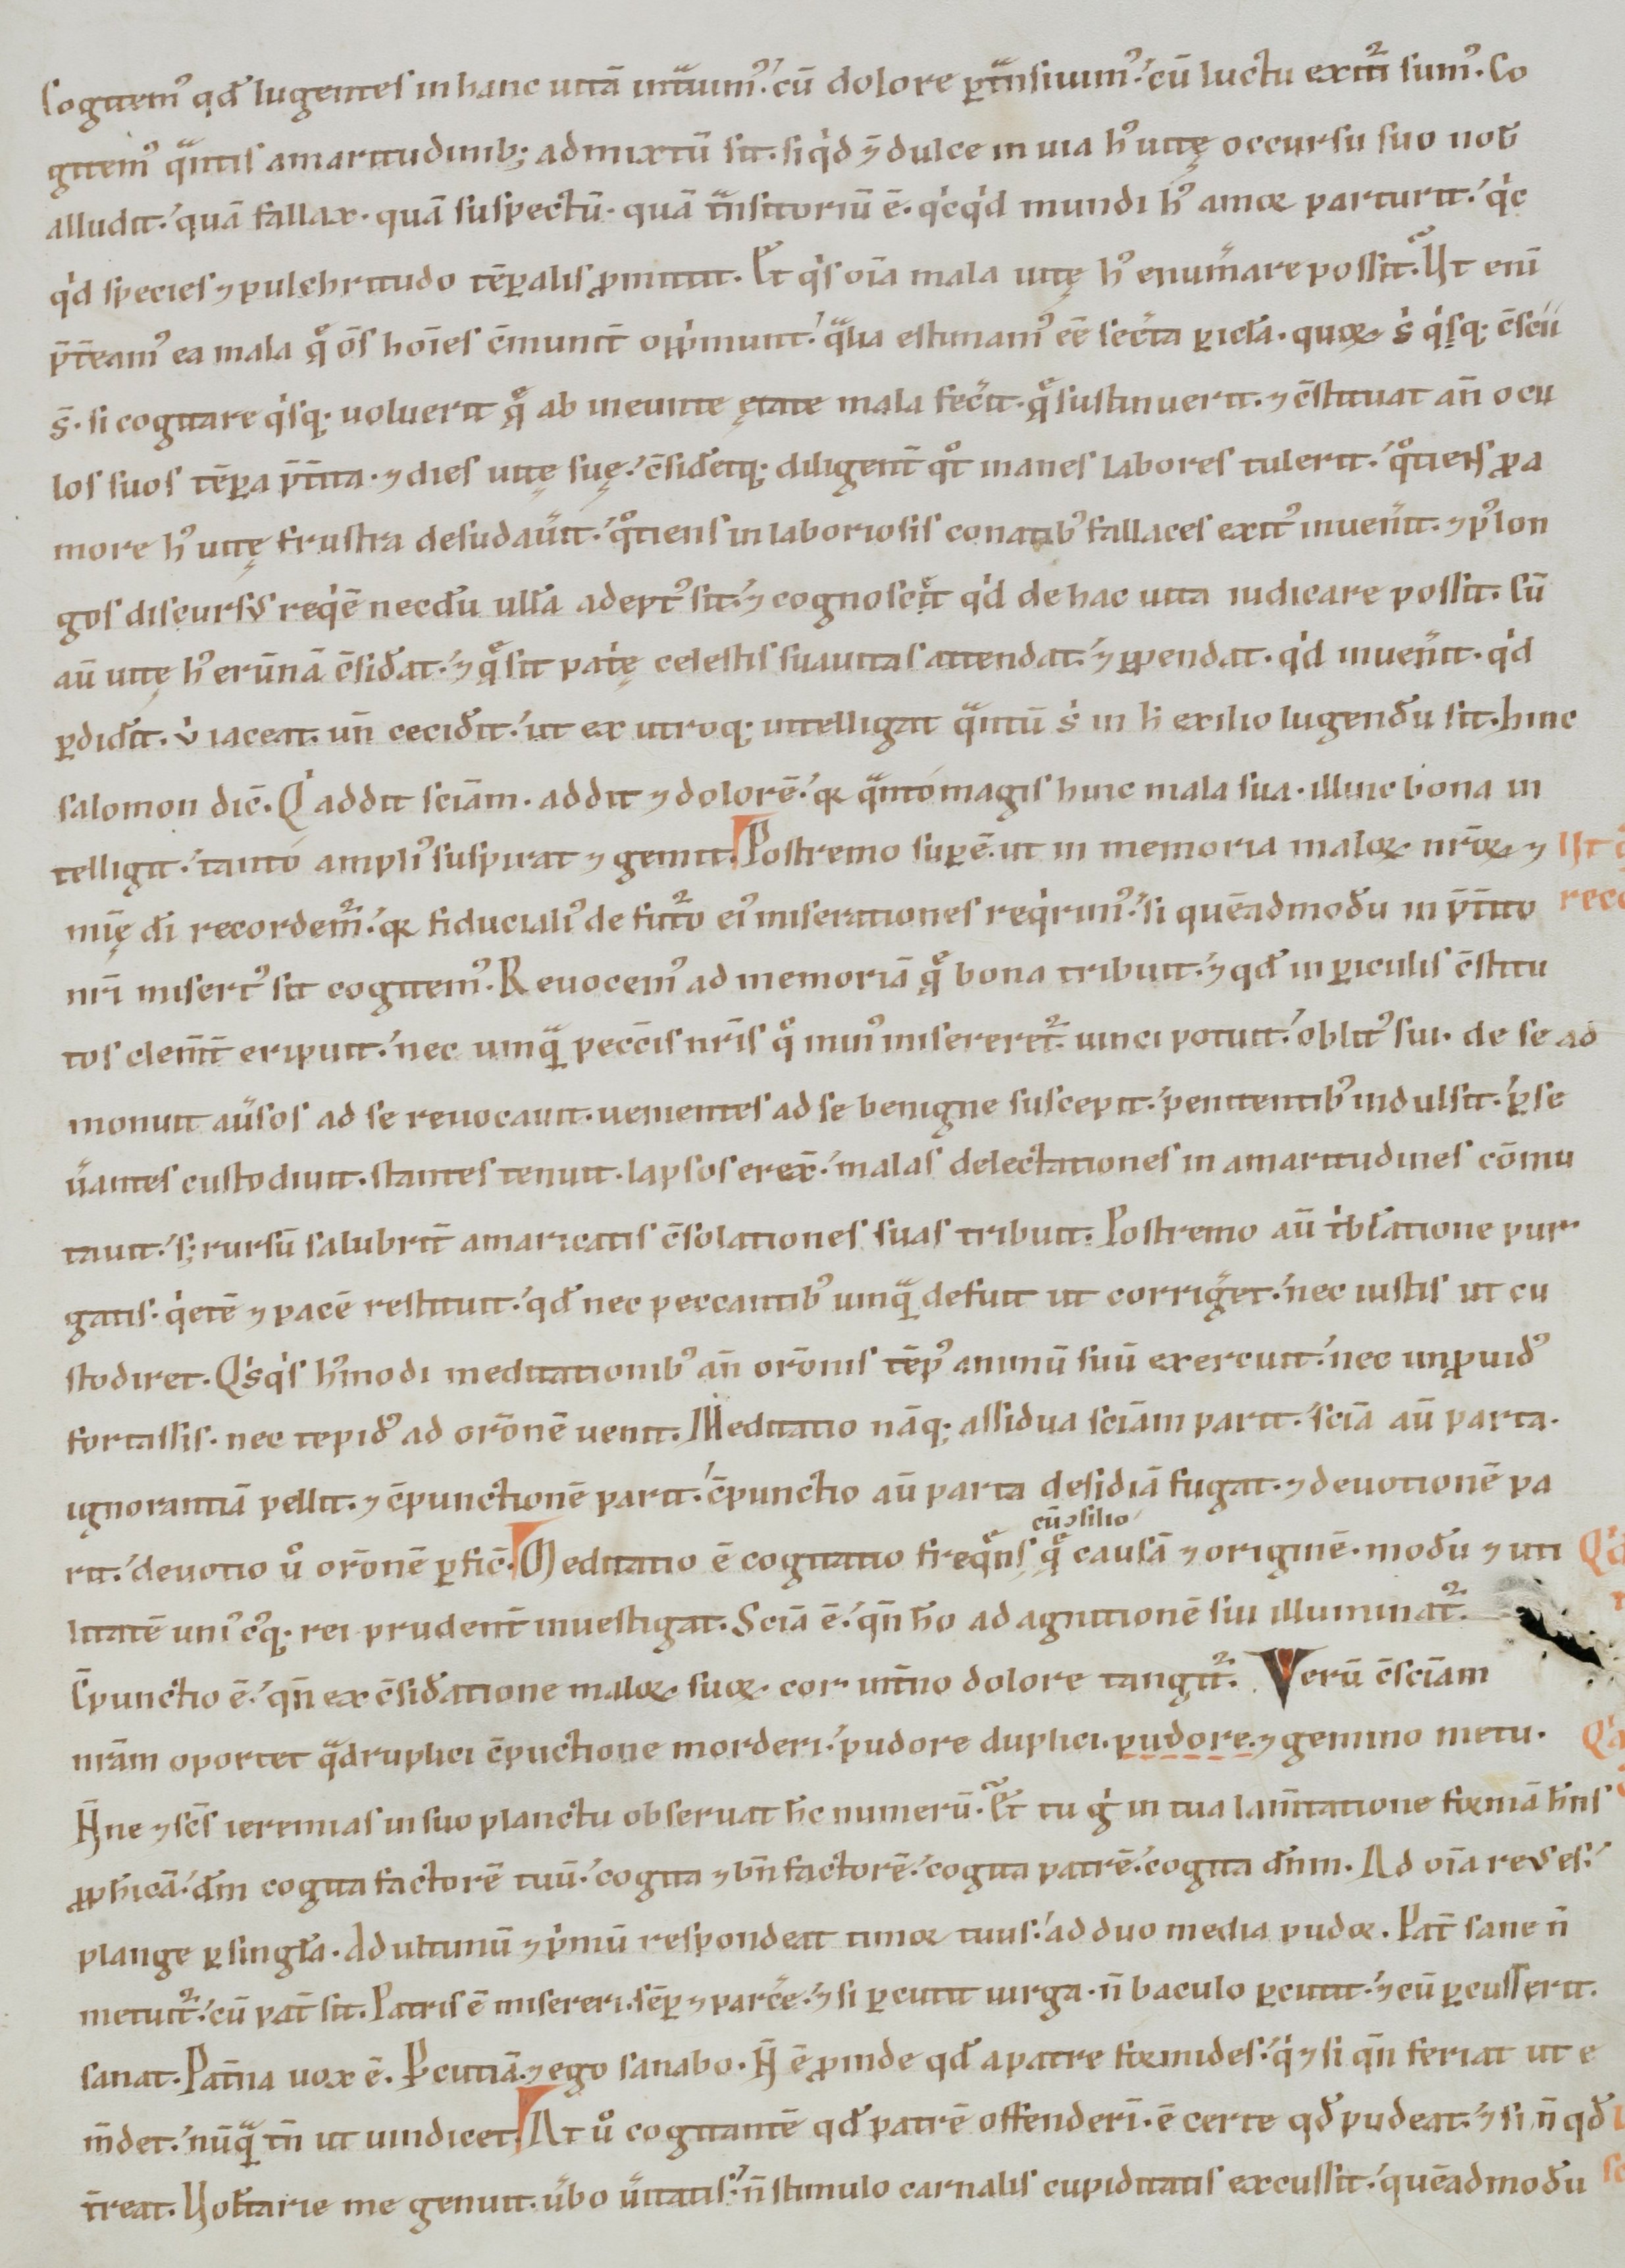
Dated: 1100–1199